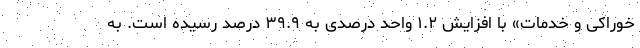
خوراکی و خدمات» با افزایش ١.٢ واحد درصدی به ٣٩.٩ درصد رسیده است. به